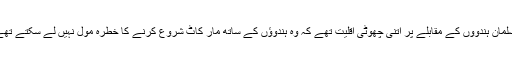
مسلمان ہندووں کے مقابلے پر اتنی چھوٹی اقلیت تھے کہ وہ ہندوؤں کے ساتھ مار کاٹ شروع کرنے کا خطرہ مول نہیں لے سکتے تھے۔